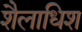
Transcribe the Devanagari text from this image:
शैलाधिश